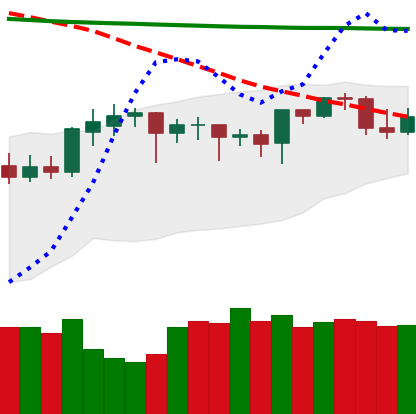
Ticker: DOGE-USD
Chart end date: 2020-04-22
Forward return: 17.106%
Label: up_7plus